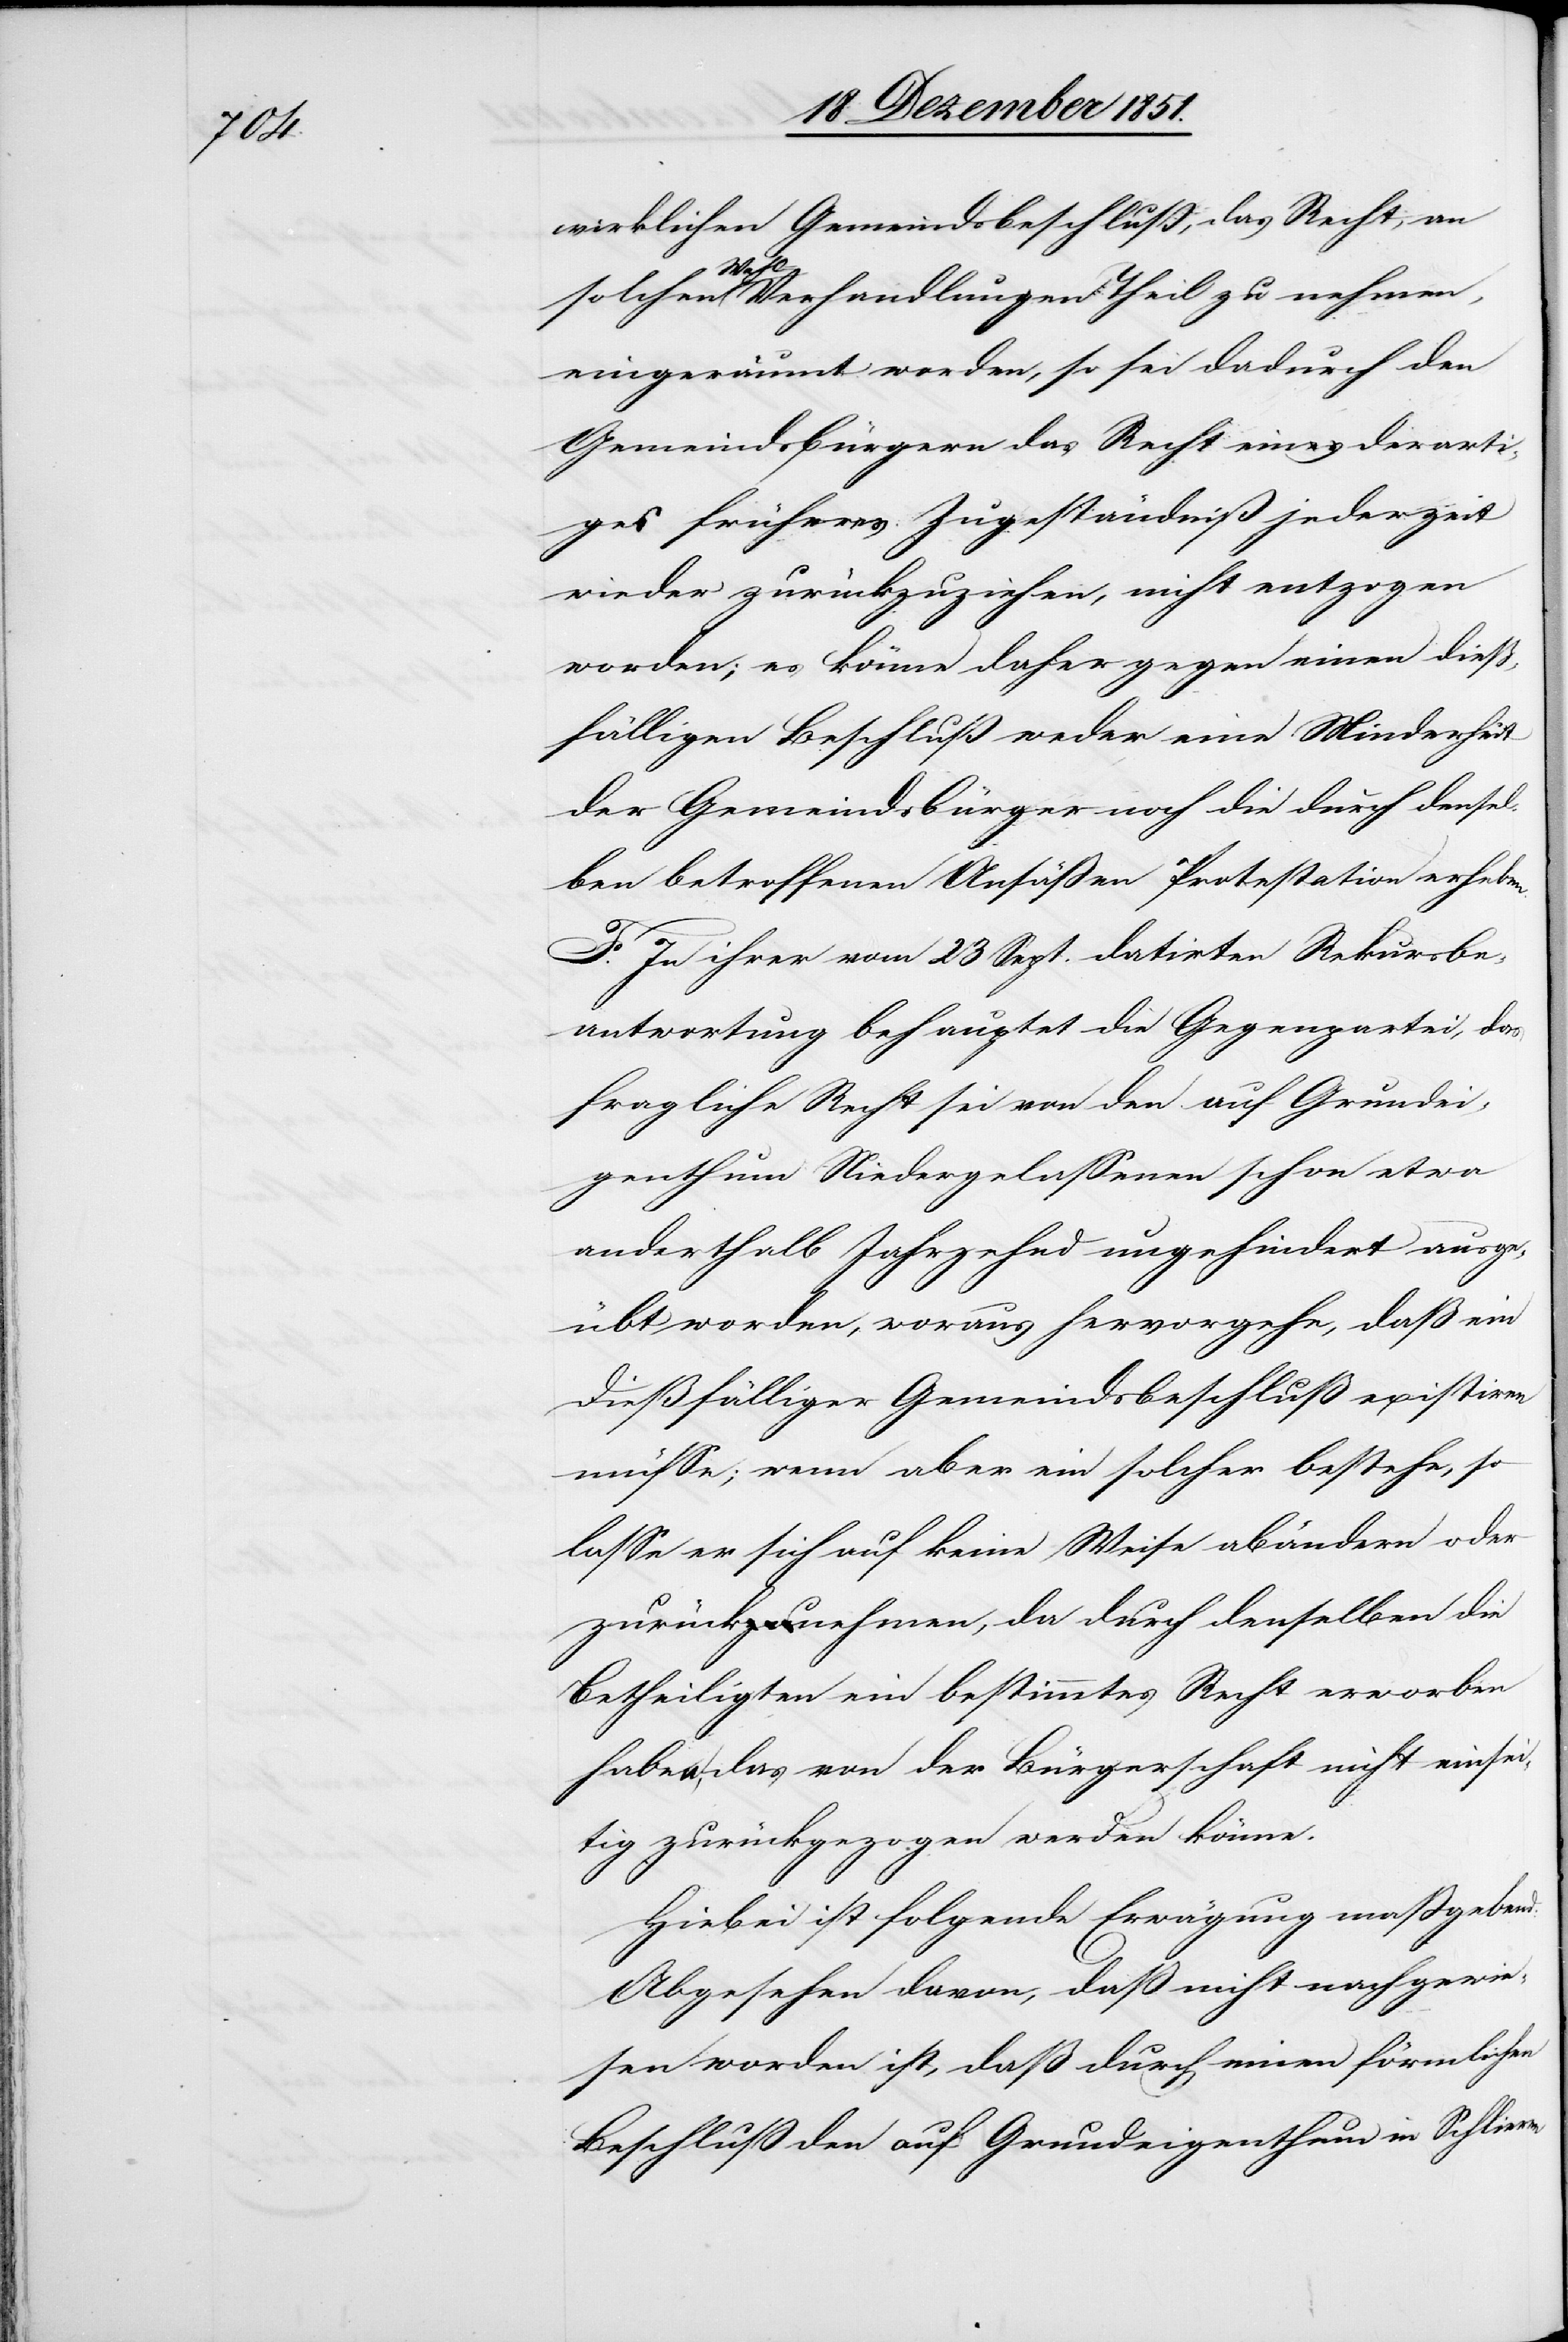
wirklichen Gemeindsbeschluß, das Recht, an
derarti¬
solchen Wahl-Verhandlungen Theil zu nehmen,
eingeräumt worden, so sei dadurch den
Gemeindsbürgern das Recht eines [recte:
ges früheres Zugeständniß jederzeit
wieder zurückzuziehen, nicht entzogen
worden; es könne daher gegen einen dieß¬
fälligen Beschluß weder eine Minderheit
der Gemeindsbürger noch die durch densel¬
ben betroffenen Ansäßen Protestation erheben.
F. In ihrer vom 23 Sept. datirten Rekursbe¬
antwortung behauptet die Gegenpartei, das
fragliche Recht sei von den auf Grundei¬
genthum Niedergelassenen schon etwa
anderthalb Jahrzehnd ungehindert ausge¬
übt worden, woraus hervorgehe, daß ein
dießfälliger Gemeindsbeschluß existiren
müsse; wenn aber ein solcher bestehe, so
lasse er sich auf keine Weise abändern oder
zurücknehmen, da durch denselben die
Betheiligten ein bestimmtes Recht erworben
haben, das von der Bürgerschaft nicht einse¬
itig zurückgezogen werden könne.
Hiebei ist folgende Erwägung maßgebend:
Abgesehen davon, daß nicht nachgewie¬
sen worden ist, daß durch einen förmlichen
Beschluß den auf Grundeigenthum in Schlieren